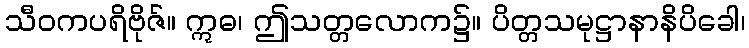
သီဝကပရိဗိုဇ်။ ဣဓ၊ ဤသတ္တလောက၌။ ပိတ္တသမုဋ္ဌာနာနိပိခေါ၊